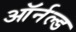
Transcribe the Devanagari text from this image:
ऑर्नल्ड